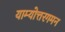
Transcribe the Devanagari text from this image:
याम्योत्तरगमन